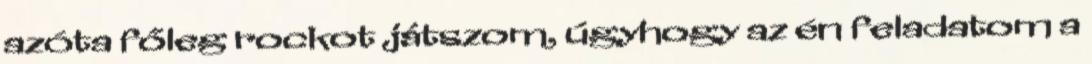
azóta főleg rockot játszom, úgyhogy az én feladatom a